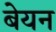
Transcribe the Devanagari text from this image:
बेयन